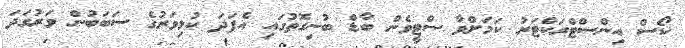
ކޯސް އިންސްޓްރަކްޓަރު ކަމަށްވާ ސްޓީވެން ބާޑް ބުނިގޮތުގައި އެފަދަ ކުޅިވަރުގެ ސަބަބުން ވަރުގަދަ